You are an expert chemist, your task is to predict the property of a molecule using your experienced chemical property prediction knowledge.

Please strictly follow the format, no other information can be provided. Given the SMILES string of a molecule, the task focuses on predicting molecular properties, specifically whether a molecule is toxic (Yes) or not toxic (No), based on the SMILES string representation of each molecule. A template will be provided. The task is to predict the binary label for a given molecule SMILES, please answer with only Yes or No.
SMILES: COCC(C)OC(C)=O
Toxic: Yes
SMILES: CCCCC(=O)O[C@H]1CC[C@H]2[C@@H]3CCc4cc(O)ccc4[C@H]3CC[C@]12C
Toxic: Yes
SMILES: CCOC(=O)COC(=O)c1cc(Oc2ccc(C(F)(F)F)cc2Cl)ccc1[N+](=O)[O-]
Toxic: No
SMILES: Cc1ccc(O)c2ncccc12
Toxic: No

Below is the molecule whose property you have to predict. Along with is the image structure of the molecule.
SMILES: O=C(Nc1ccccc1)c1ccccc1O
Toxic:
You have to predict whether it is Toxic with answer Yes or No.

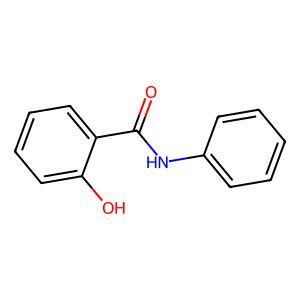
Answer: No